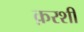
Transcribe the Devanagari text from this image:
क़रशी